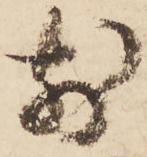
前